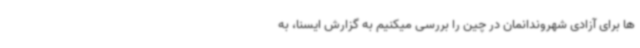
ها برای آزادی شهروندانمان در چین را بررسی میکنیم به گزارش ایسنا، به